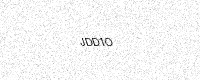
Text: JDD1O